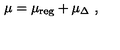
\mu = \mu _ { \mathrm { r e g } } + \mu _ { \Delta } \ ,